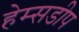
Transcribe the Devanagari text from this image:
हेम्सडीप